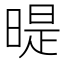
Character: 𣉆